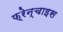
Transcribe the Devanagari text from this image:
फ़्रेन्चाइस